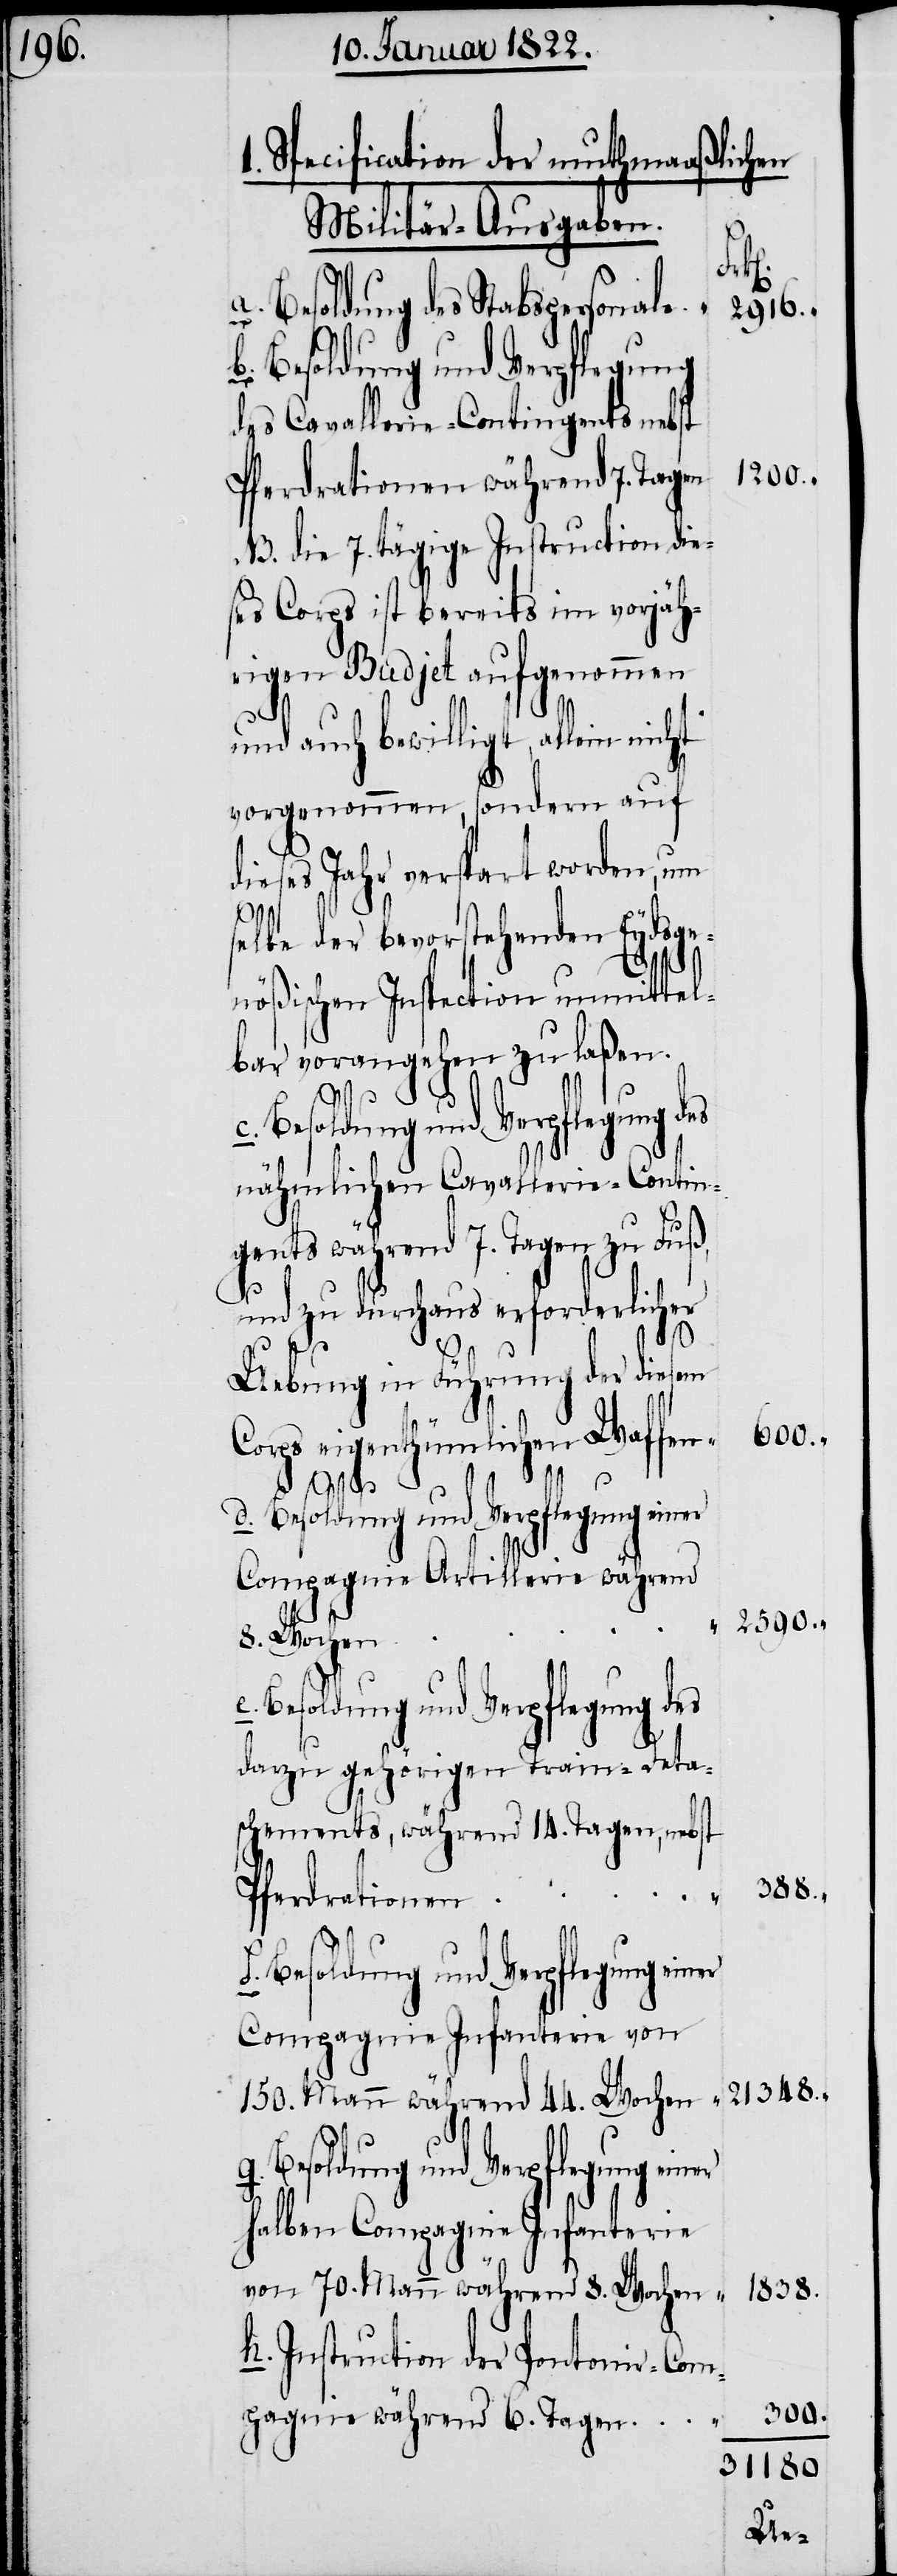
Specification der muthmaaßlichen
Militär-Ausgaben.
a.
Besoldung des Stabspersonale.
2916.
b. Besoldung und Verpflegung
des Cavallerie-Contingents nebst
1200.
Pferdrationen während 7. Tagen
NB. die 7. tägige Instruction die¬
ses Corps ist bereits im vorjäh¬
rigen Budjet aufgenommen
und auch bewilligt, allein nicht
vorgenommen, sondern auf
dieses Jahr verspart worden, um
1.
selbe der bevorstehenden Eydsge¬
nößischen Inspection unmittel¬
bar vorangehen zu laßen.
c. Besoldung und Verpflegung des
nähmlichen Cavallerie-Contin¬
gents während 7. Tagen zu Fuß,
und zu durchaus erforderlicher
Uebung in Führung der diesem
Corps eigenthümlichen Waffen.
g. Besoldung und Verpflegung einer
Compagnie Artillerie während
8. Wochen
e. Besoldung und Verpflegung des
dazu gehörigen Train-Deta¬
schements, während 14. Tagen, nebst
Pferdrationen
Compagnie Infanterie von
150. Mann während 44. Wochen
selben Compagnie Infanterie
von 70. Mann während 8. Wochen
h. Instruction der Pontonir-Com¬
pagnie während 6. Tagen

600.
2590.
388.
21348.
1838.
300.